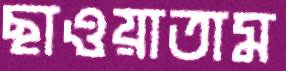
ছাওয়াতাম